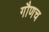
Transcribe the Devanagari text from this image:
गौणच